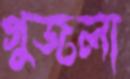
গুজলা